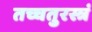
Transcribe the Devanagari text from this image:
तच्चतुरस्त्रं